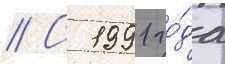
// С 1991 го́да